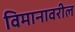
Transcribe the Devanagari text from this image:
विमानावरील